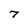
Character: 7